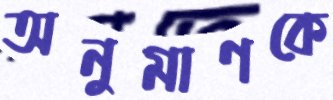
অনুমাণকে